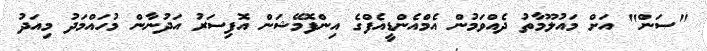
"ސަން" އަށް މައުލޫމާތު ދެއްވަމުން އެމްއެންޑީއެފްގެ އިންފޮމޭޝަން އޮފިސަރު އަދުނާން މުހައްމަދު މިއަދު